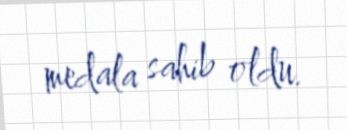
medala sahib oldu.